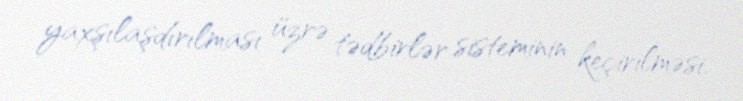
yaxşılaşdırılması üzrə tədbirlər sisteminin keçirilməsi.